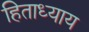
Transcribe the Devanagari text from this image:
हिताध्याय